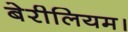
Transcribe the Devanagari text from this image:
बेरीलियम।